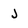
Character: J